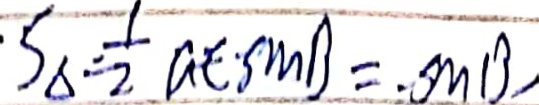
. S _ { \Delta } = \frac { 1 } { 2 } a t \cdot \sin B = \cdot \sin B